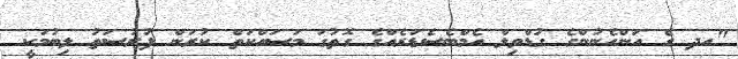
"އދ ގެ އަންހެނުންގެ ގުޑްވިލް އެމްބެސެޑަރެއްގެ ގޮތުގަ މަސައްކަތް ކުރަން ފުރުސަތު ލިބުމަކީ